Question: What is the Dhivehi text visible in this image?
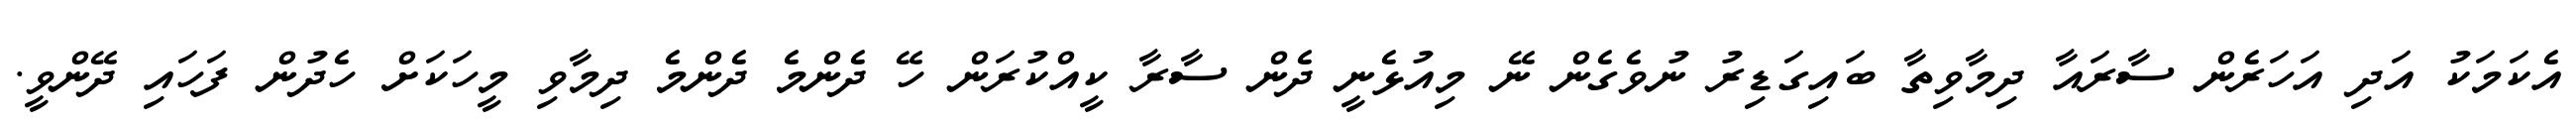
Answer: އެކަމަކު އަދި އަހަރެން ސާރައާ ދިމާވިތާ ބައިގަޑިރު ނުވެގެން ނޭ މިއުޅެނީ ދެން ސާރާ ކީއްކުރަން ހޭ ދެންމެ ދެންމެ ދިމާވި މީހަކަށް ހެދުން ފަހައި ދޭންވީ.